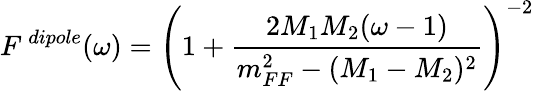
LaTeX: F^{\, dipole}(\omega)=\left(1+\frac{2M_{1}M_{2}(\omega-1)}{m_{FF}^{2}-(M_{1}-M_{2})^{2}}\right)^{-2}